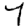
Digit: 7